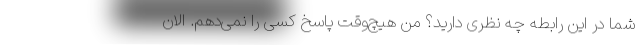
شما در این رابطه چه نظری دارید؟ من هیچ‌وقت پاسخ کسی را نمی‌دهم. الان